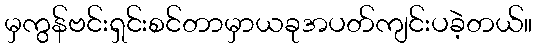
မှကွန်ဗင်းရှင်းစင်တာမှာယခုအပတ်ကျင်းပခဲ့တယ်။